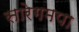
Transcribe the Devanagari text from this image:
सारेगमपा